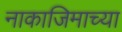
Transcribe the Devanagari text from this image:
नाकाजिमाच्या